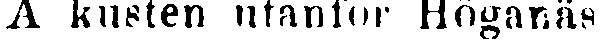
A kusten utanför Höganäs: